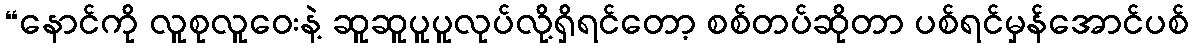
“နောင်ကို လူစုလူဝေးနဲ့ ဆူဆူပူပူလုပ်လို့ရှိရင်တော့ စစ်တပ်ဆိုတာ ပစ်ရင်မှန်အောင်ပစ်